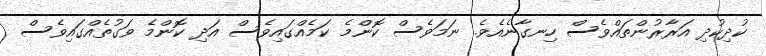
ކުދިކުދި އަރާރުންތައްވެސް ހިނގާނެއެވެ. ނަމަވެސް ކޮންމެ ކަމެއްގައިވެސް އަދި ކޮންމެ ވަގުތެއްގައިވެސް